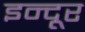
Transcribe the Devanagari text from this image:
इन्दूर